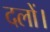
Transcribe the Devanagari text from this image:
दलों।